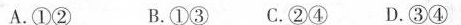
A.①② B.①③ C.②④ D.③④